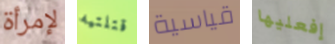
لإمرأة قتلتيه قياسية إفعليها